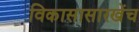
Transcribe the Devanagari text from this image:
विकासासारखेंच